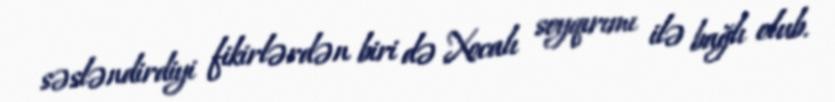
səsləndirdiyi fikirlərdən biri də Xocalı soyqırımı ilə bağlı olub.